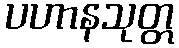
ပဟာနသုတ္တ